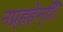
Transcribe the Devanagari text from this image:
नप्र्हहेन्िि